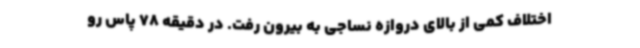
اختلاف کمی از بالای دروازه نساجی به بیرون رفت. در دقیقه 78 پاس رو